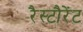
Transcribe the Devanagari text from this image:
रैस्टौरेंट